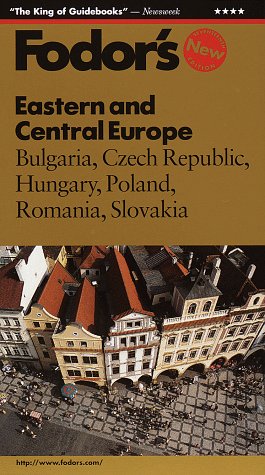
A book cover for Eastern and Central Europe: Bulgaria, Czech Republic, Hungary, Poland, Romania, Slovakia (Fodor's Gold Guides); Fodor's; Travel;